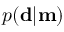
p ( \mathbf { d } | \mathbf { m } )